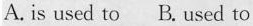
A. is used to B. Used to